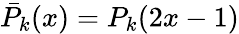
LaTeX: \bar{P}_{k}(x)=P_{k}(2x-1)